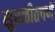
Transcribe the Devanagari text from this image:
सुरळीतपणें